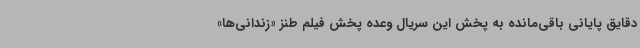
دقایق پایانی باقی‌مانده به پخش این سریال وعده پخش فیلم طنز «زندانی‌ها»